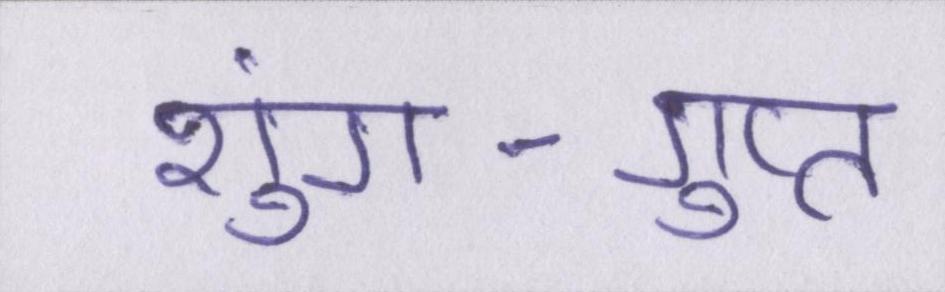
शुंग-गुप्त